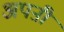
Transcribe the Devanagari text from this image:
अपऩी